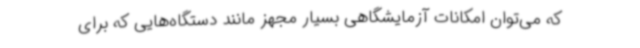
که می‌توان امکانات آزمایشگاهی بسیار مجهز مانند دستگاه‌هایی که برای